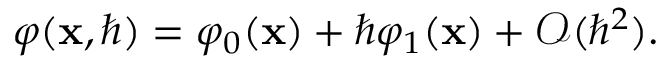
\begin{array} { r } { \varphi ( \mathbf { x } , \hbar ) = \varphi _ { 0 } ( \mathbf { x } ) + \hbar \varphi _ { 1 } ( \mathbf { x } ) + \mathcal { O } ( \hbar ^ { 2 } ) . } \end{array}